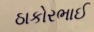
ઠાકોરભાઈ